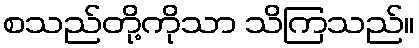
စသည်တို့ကိုသာ သိကြသည်။